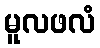
မူလဖလံ